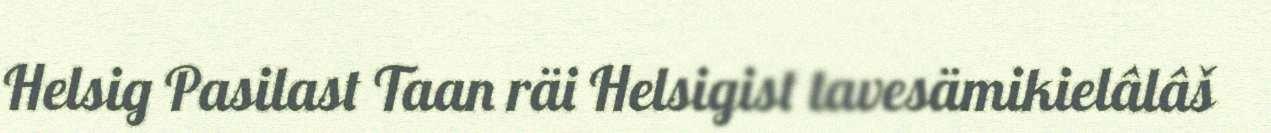
Helsig Pasilast Taan räi Helsigist tavesämikielâlâš